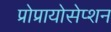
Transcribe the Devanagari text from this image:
प्रोप्रायोसेप्शन